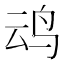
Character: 𪉂